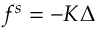
f ^ { s } = - K \Delta